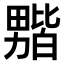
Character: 𫦻